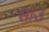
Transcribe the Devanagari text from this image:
साउ